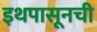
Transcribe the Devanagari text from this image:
इथपासूनची